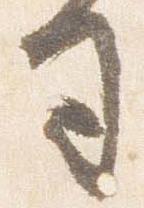
司